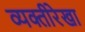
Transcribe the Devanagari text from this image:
व्यक्तीरेखा